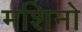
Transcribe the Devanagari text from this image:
मशिनो